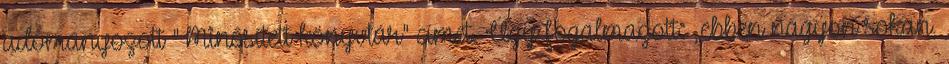
adományozott "Minősített könyvtár" címet. Úgy fogalmazott: „ebben nagyon sokan,